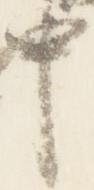
中